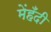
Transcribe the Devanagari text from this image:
मेंहँदी